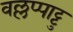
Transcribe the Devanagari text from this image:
वल्लप्पाट्टु